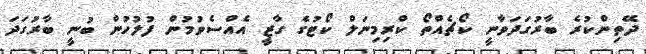
ދޭތިންކުރެ ބާރުގަދަވާނީ ކޯޗެއްތޯ ކްރިމިނަލް ކޯޓުގެ ގާޒީ އެއްސެވުމުން ފުލުހުން ބުނީ ބާރުގަދަ